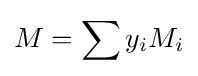
M=\sum y_{i}M_{i}